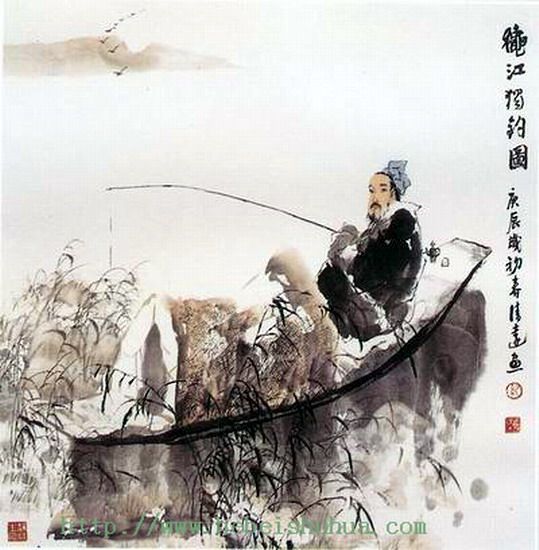
一曲高歌一樽酒，一人独钓一江秋。